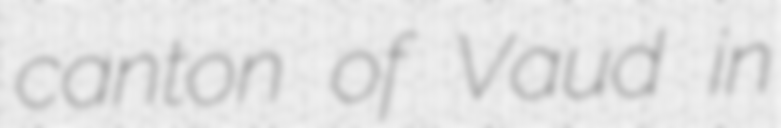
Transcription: canton of Vaud in